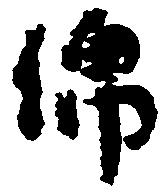
綿